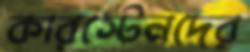
কারস্টেনদের